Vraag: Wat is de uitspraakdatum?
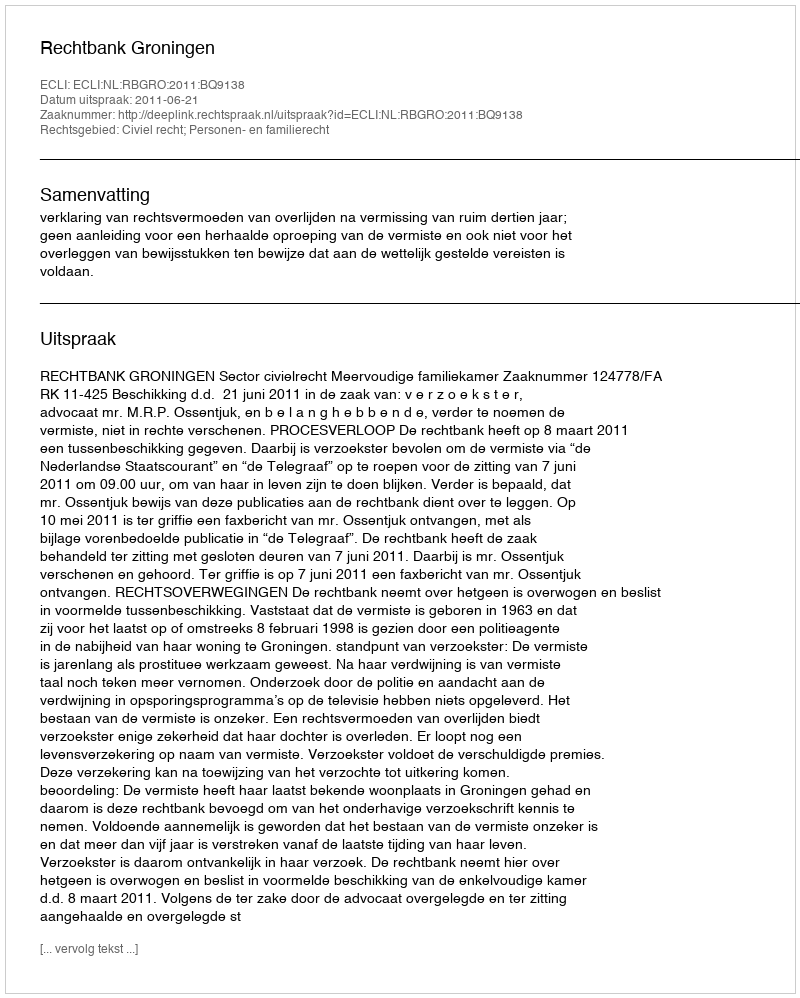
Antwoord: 2011-06-21